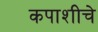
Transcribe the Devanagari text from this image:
कपाशीचे